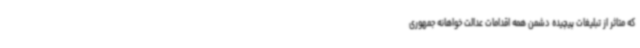
که متاثر از تبلیغات پیچیده دشمن همه اقدامات عدالت خواهانه جمهوری